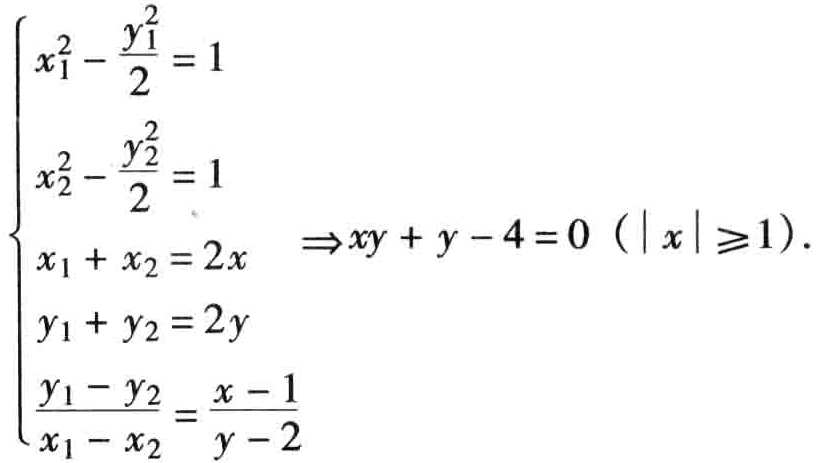
\(\begin{cases}
x_{1}^{2}-\frac{y_{1}^{2}}{2}=1 \\
x_{2}^{2}-\frac{y_{2}^{2}}{2}=1 \\
x_{1}+x_{2}=2x \\
y_{1}+y_{2}=2y \\
\frac{y_{1}-y_{2}}{x_{1}-x_{2}}=\frac{x - 1}{y - 2}
\end{cases}\Rightarrow xy + y-4 = 0\ (\vert x\vert\geq1)\)